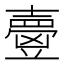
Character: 𡕃